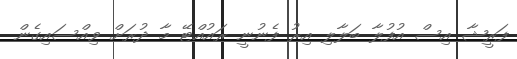
ފަރީޝާ އިސް އުފުލާ ބަލާލި އިރު ފެނުނީ ރައުއްޓޭ މާ ދުރަށް ވިއްސައިގެން